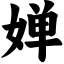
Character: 婵